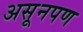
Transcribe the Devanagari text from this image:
असूनपण